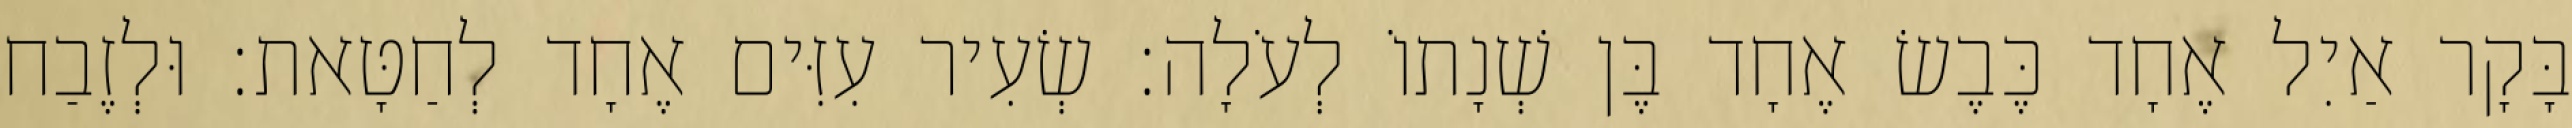
בָּקָר אַיִל אֶחָד כֶּבֶשׂ אֶחָד בֶּן שְׁנָתוֹ לְעֹלָה׃ שְׂעִיר עִזִּים אֶחָד לְחַטָּאת׃ וּלְזֶבַח